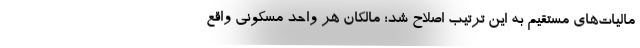
مالیات‌های مستقیم به این ترتیب اصلاح شد؛ مالکان هر واحد مسکونی واقع